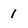
Character: 1